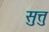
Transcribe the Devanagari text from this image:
सुत्तु